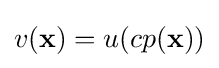
v(\mathbf {x} )=u(cp(\mathbf {x} ))